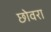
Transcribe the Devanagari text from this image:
छोवरा